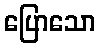
ပြောသော